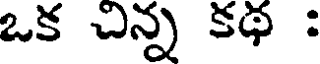
ఒక చిన్న కథ :